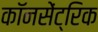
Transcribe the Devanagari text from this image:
कॉनसेंट्रिक